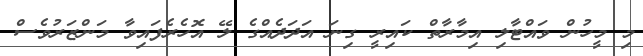
މި މީހުން ވައްޓާލި އިމާރާތް ކައިރީ ގިނަ އަދަދެއްގެ ލޭ އޮހެރެފައިވާ މަންޒަރުވެސް